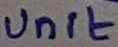
Text: Unit